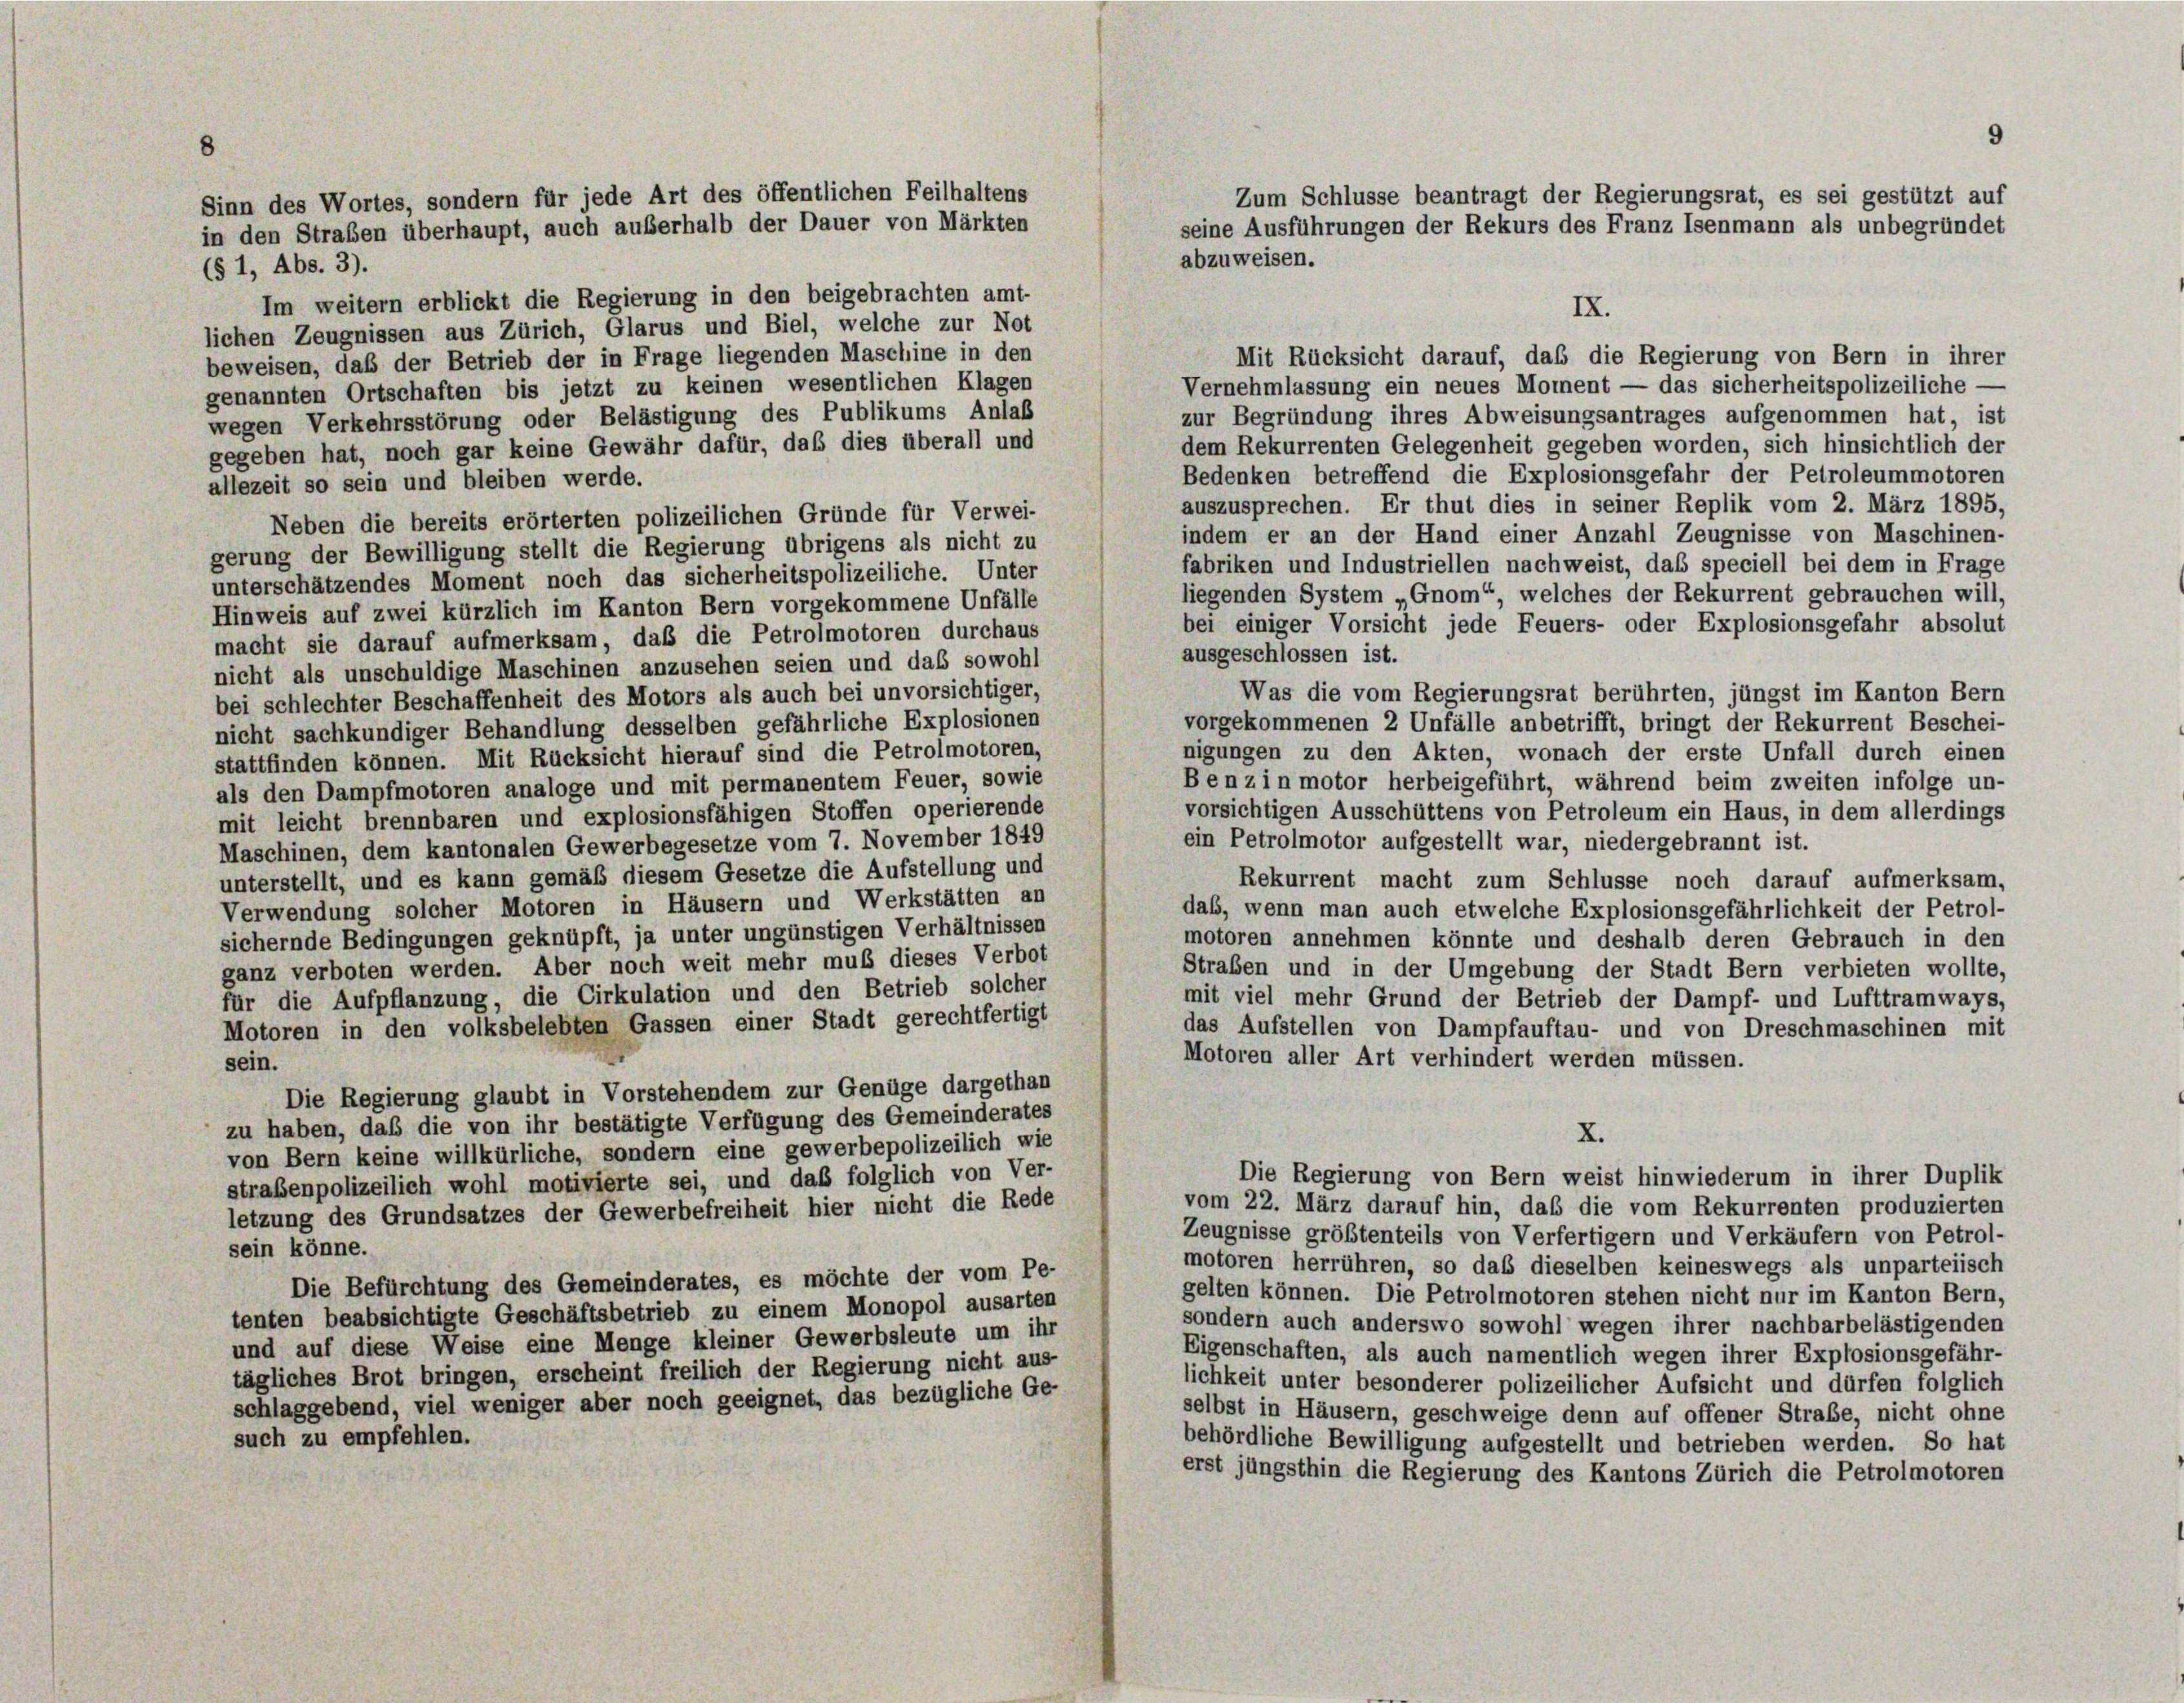
abzuweisen.
(§ 1, Abs. 3).
Im weitern erblickt die Regierung in den beigebrachten amt-
IX.
lichen Zeugnissen aus Zürich, Glarus und Biel, welche zur Not
Mit Rücksicht darauf, daß die Regierung von Bern in ihrer
beweisen, daß der Betrieb der in Frage liegenden Maschine in den
Vernehmlassung ein neues Moment — das sicherheitspolizeiliche
genannten Ortschaften bis jetzt zu keinen wesentlichen Klagen
zur Begründung ihres Abweisungsantrages aufgenommen hat, ist
wegen Verkehrsstörung oder Belästigung des Publikums Anlaß
dem Rekurrenten Gelegenheit gegeben worden, sich hinsichtlich der
gegeben hat, noch gar keine Gewähr dafür, daß dies überall und
Bedenken betreffend die Explosionsgefahr der Petroleummotoren
allezeit so sein und bleiben werde.
auszusprechen. Er thut dies in seiner Replik vom 2. März 1895,
Neben die bereits erörterten polizeilichen Gründe für Verwei-
indem er an der Hand einer Anzahl Zeugnisse von Maschinen-
gerung der Bewilligung stellt die Regierung übrigens als nicht zu
fabriken und Industriellen nachweist, das speciell bei dem in Frage
unterschätzendes Moment noch das sicherheitspolizeiliche. Unter
liegenden System „Gnom“, welches der Rekurrent gebrauchen will,
Hinweis auf zwei kürzlich im Kanton Bern vorgekommene Unfälle
bei einiger Vorsicht jede Feuers- oder Explosionsgefahr absolut
macht sie darauf aufmerksam, daß die Petrolmotoren durchaus
ausgeschlossen ist.
nicht als unschuldige Maschinen anzusehen seien und daß sowohl
Was die vom Regierungsrat berührten, jüngst im Kanton Bern
bei schlechter Beschaffenheit des Motors als auch bei unvorsichtiger,
vorgekommenen 2 Unfälle anbetrifft, bringt der Rekurrent Beschei-
nicht sachkundiger Behandlung desselben gefährliche Explosionen
nigungen zu den Akten, wonach der erste Unfall durch einen
stattfinden können. Mit Rücksicht hierauf sind die Petrolmotoren,
Benz in motor herbeigeführt, während beim zweiten infolge un-
als den Dampfmotoren analoge und mit permanentem Feuer, sowie
vorsichtigen Ausschüttens von Petroleum ein Haus, in dem allerdings
mit leicht brennbaren und explosionsfähigen Stoffen operierende
ein Petrolmotor aufgestellt war, niedergebrannt ist.
Maschinen, dem kantonalen Gewerbegesetze vom 7. November 1849
unterstellt, und es kann gemäß diesem Gesetze die Aufstellung und
Rekurrent macht zum Schlüsse noch darauf aufmerksam,
Verwendung solcher Motoren in Häusern und Werkstätten an
daß, wenn man auch etwelche Explosionsgefährlichkeit der Petrol-
sichernde Bedingungen geknüpft, ja unter ungünstigen Verhältnissen
motoren annehmen könnte und deshalb deren Gebrauch in den
ganz verboten werden. Aber noch weit mehr muß dieses Verbot
Straben und in der Umgebung der Stadt Bern verbieten wollte,
für die Aufpflanzung, die Cirkulation und den Betrieb solcher
mit viel mehr Grund der Betrieb der Dampf- und Lufttramways,
Motoren in den volksbelebten Gassen einer Stadt gerechtfertigt
das Aufstellen von Dampfauftau- und von Dreschmaschinen mit
Motoren aller Art verhindert werden müssen.
sein.
Die Regierung glaubt in Vorstehendem zur Genüge dargethan
zu haben, daß die von ihr bestätigte Verfügung des Gemeinderates
X.
von Bern keine willkürliche, sondern eine gewerbepolizeilich wie
Die Regierung von Bern weist hinwiederum in ihrer Duplik
straßenpolizeilich wohl motivierte sei, und daß folglich von Ver-
vom 22. März darauf hin, daß die vom Rekurrenten produzierten
letzung des Grundsatzes der Gewerbefreiheit hier nicht die Rede
Zeugnisse größtenteils von Verfertigern und Verkäufern von Petrol-
sein könne.
motoren herrühren, so das dieselben keineswegs als unparteiisch
Die Befürchtung des Gemeinderates, es möchte der vom Pe-
gelten können. Die Petrolmotoren stehen nicht nur im Kanton Bern,
tenten beabsichtigte Geschäftsbetrieb zu einem Monopol ausarten
sondern auch anderswo sowohl wegen ihrer nachbarbelästigenden
und auf diese Weise eine Menge kleiner Gewerbsleute um ihr
Eigenschaften, als auch namentlich wegen ihrer Explosionsgefähr-
tägliches Brot bringen, erscheint freilich der Regierung nicht aus
lichkeit unter besonderer polizeilicher Aufsicht und dürfen folglich
schlaggebend, viel weniger aber noch geeignet, das bezügliche Ge-
selbst in Häusern, geschweige denn auf offener Straße, nicht ohne
such zu empfehlen.
behördliche Bewilligung aufgestellt und betrieben werden. So hat
erst jüngsthin die Regierung des Kantons Zürich die Petrolmotoren

Sinn des Wortes, sondern für jede Art des öffentlichen Feilhaltens
in den Straßen überhaupt, auch außerhalb der Dauer von Märkten

Zum Schlüsse beantragt der Regierungsrat, es sei gestützt auf
seine Ausführungen der Rekurs des Franz Isenmann als unbegründet